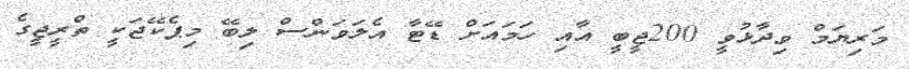
މަރިޔަމް ވިދާޅުވީ 200ޖީބީ އާއި ހަމައަށް ޑޭޓާ އެލަވަންސް ލިބޭ މިޕެކޭޖަކީ ތްރީޖީގެ